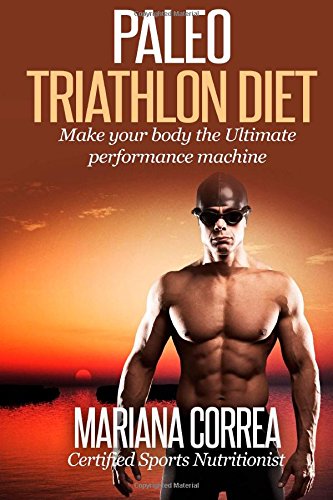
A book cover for Paleo TRIATHLON Diet: Make your Body The Ultimate Performance Machine; Mariana Correa; Health, Fitness & Dieting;